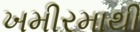
ખમીરમાથી